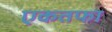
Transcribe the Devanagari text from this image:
एकतफा